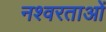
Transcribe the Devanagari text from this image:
नश्वरताओं